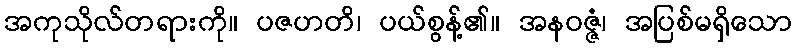
အကုသိုလ်တရားကို။ ပဇဟတိ၊ ပယ်စွန့်၏။ အနဝဇ္ဇံ၊ အပြစ်မရှိသော